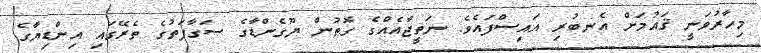
މިހާރުވަނީ ޤައުމަށް އެނބުރި އައިސްފައެވެ. ނަތީޖާއެއްގެ ގޮތުން ޔޫގެންޑާގެ ސަގާފަތުގެ ތެރޭގައި އިންޑިޔާގެ